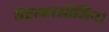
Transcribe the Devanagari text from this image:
मेटाकाओलिन।